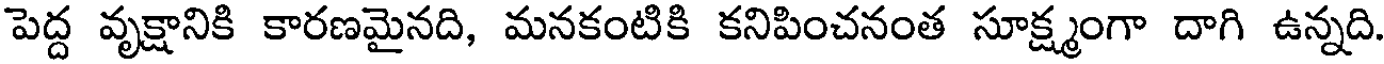
పెద్ద వృక్షానికి కారణమైనది, మనకంటికి కనిపించనంత సూక్ష్మంగా దాగి ఉన్నది.